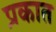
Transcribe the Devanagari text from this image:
प्रकात